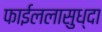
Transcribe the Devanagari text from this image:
फाईललासुध्दा